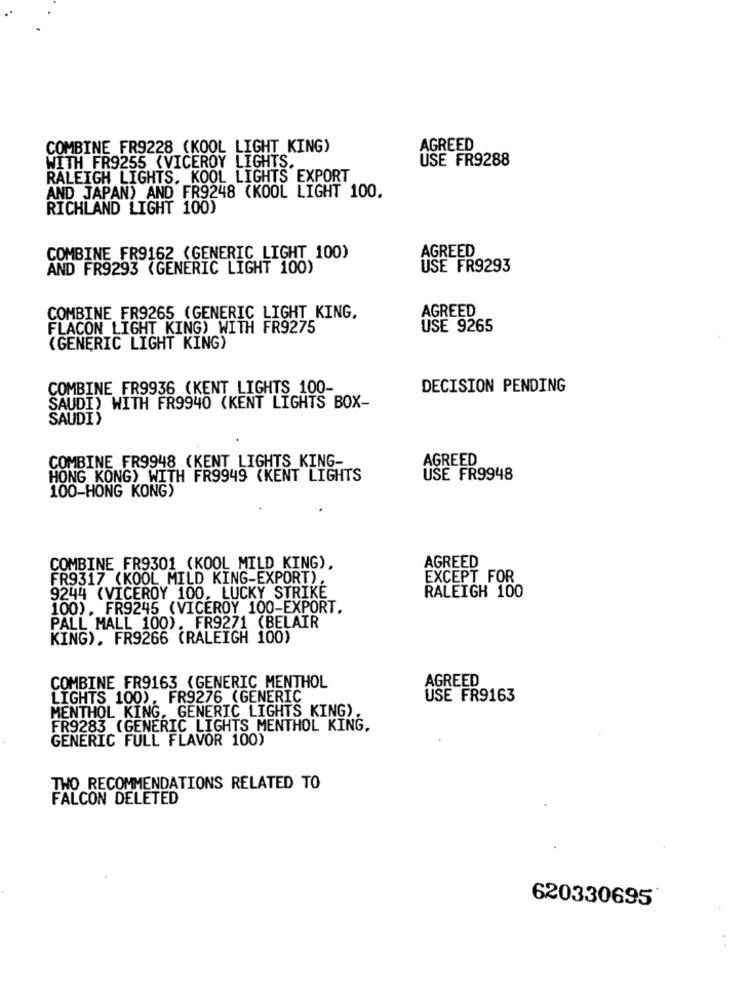
COMBINE FR9228 (KOOL LIGHT KING)
AGREED
USE FR9288
WITH FR9255 (VICEROY LIGHTS.
RALEIGH LIGHTS. KOOL LIGHTS EXPORT
AND JAPAN) AND FR9248 (KOOL LIGHT 100.
RICHLAND LIGHT 100)
AGREED
COMBINE FR9162 (GENERIC LIGHT 100)
AND FR9293 (GENERIC LIGHT 100)
USE FR9293
AGREED
COMBINE FR9265 (GENERIC LIGHT KING.
FLACON LIGHT KING) WITH FR9275
USE 9265
(GENERIC LIGHT KING)
COMBINE FR9936 (KENT LIGHTS 100-
DECISION PENDING
SAUDI) WITH FR9940 (KENT LIGHTS BOX-
SAUDI)
COMBINE FR9948 (KENT LIGHTS KING-
AGREED
HONG KONG) WITH FR9949 (KENT LIGHTS
USE FR9948
100-HONG KONG)
AGREED
COMBINE FR9301 (KOOL MILD KING),
FR9317 (KOOL MILD KING-EXPORT).
EXCEPT FOR
RALEIGH 100
9244 (VICEROY 100. LUCKY STRIKE
100). FR9245 (VICEROY 100-EXPORT.
PALL MALL 100). FR9271 (BELAIR
KING). FR9266 (RALEIGH 100)
AGREED
COMBINE FR9163 (GENERIC MENTHOL
LIGHTS 100). FR9276 (GENERIC
USE FR9163
MENTHOL KING, GENERIC LIGHTS KING).
FR9283 (GENERIC LIGHTS MENTHOL KING.
GENERIC FULL FLAVOR 100)
TWO RECOMMENDATIONS RELATED TO
FALCON DELETED
620330695